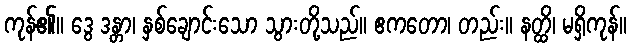
ကုန်၏။ ဒွေ ဒန္တာ၊ နှစ်ချောင်းသော သွားတို့သည်။ ဧကတော၊ တည်း။ နတ္ထိ၊ မရှိကုန်။